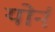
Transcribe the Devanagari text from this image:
योर्न